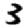
Digit: 3